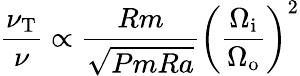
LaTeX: \frac{\nu_{\mathrm{T}}}{\nu}\propto\frac{Rm}{\sqrt{PmRa}}\left(\frac{\Omega_{\mathrm{i}}}{\Omega_{\mathrm{o}}}\right)^{2}